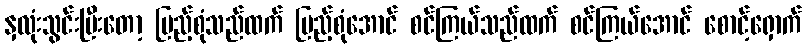
နှလုံးသွင်းပြီးတော့ ပြည့်စုံသည်ထက် ပြည့်စုံအောင် စင်ကြယ်သည်ထက် စင်ကြယ်အောင် စောင့်ရှောက်